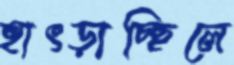
হাৎড়াচ্ছিলে